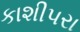
કાશીપરા